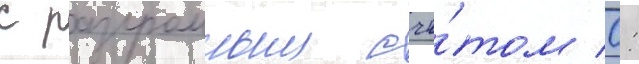
с разгромным счё́том 0: